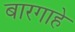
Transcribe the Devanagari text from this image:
बारगाहे